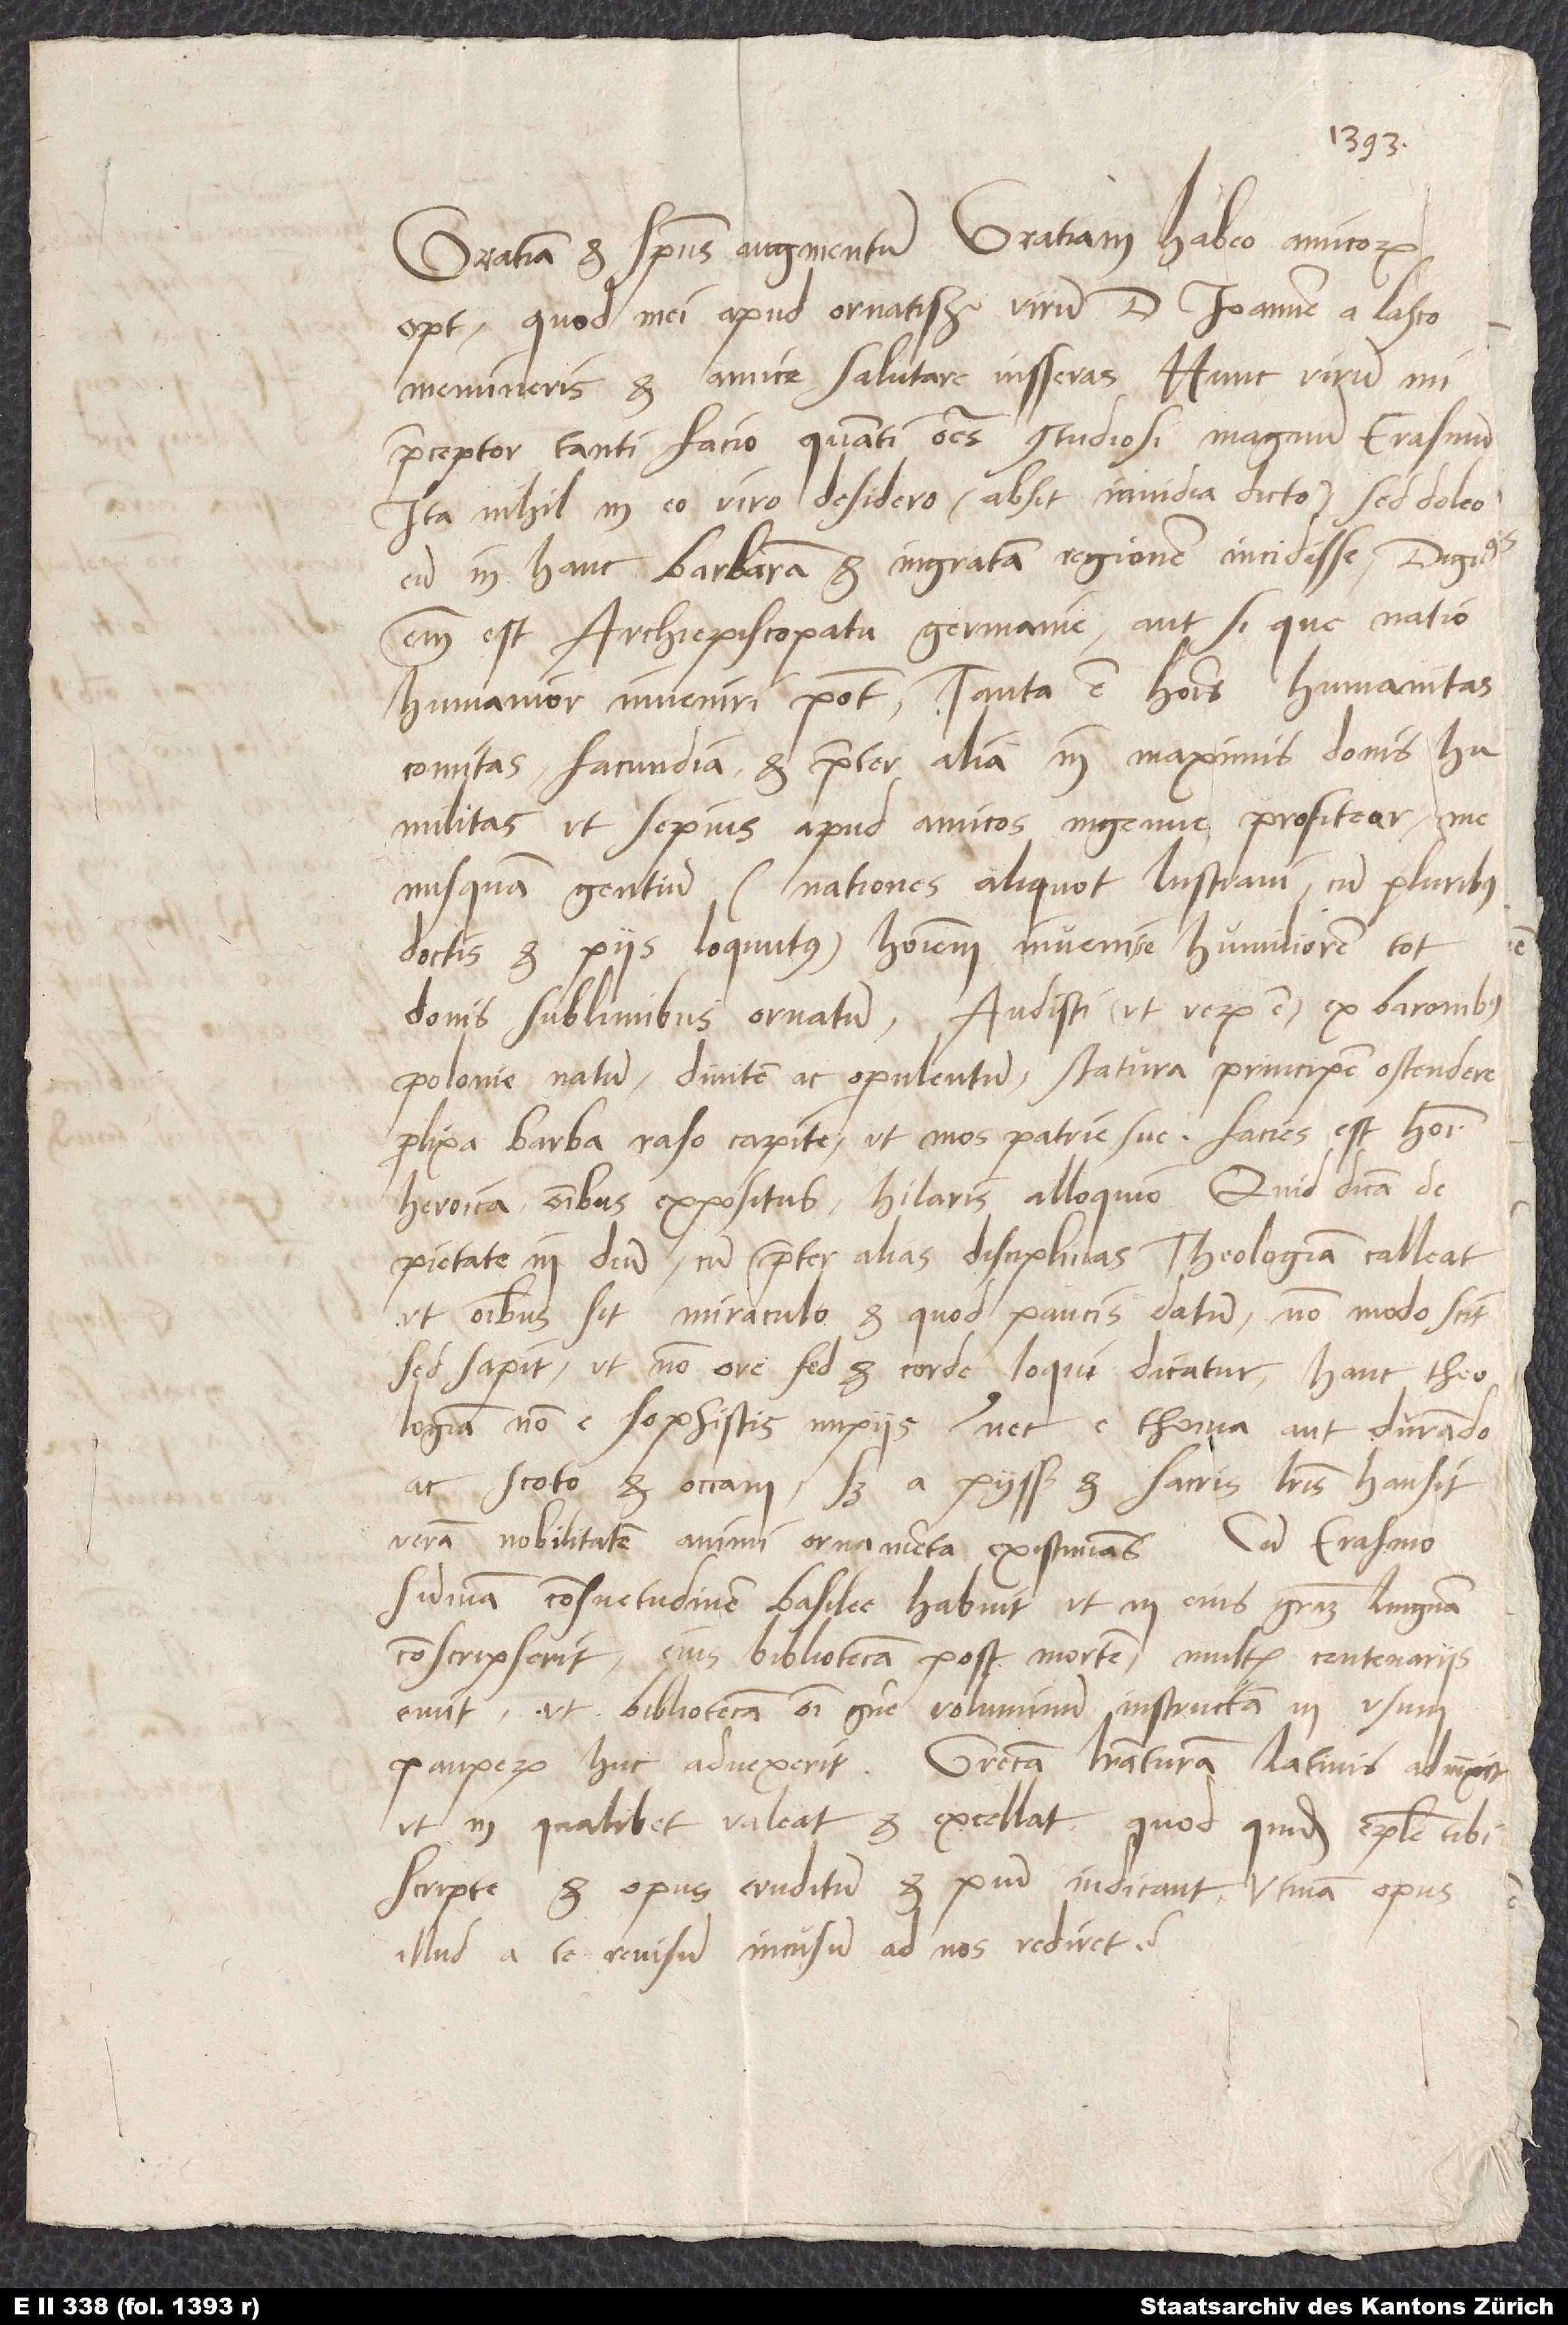
Gratiam et spiritus augmentum. Gratiam habeo, amicorum
optime, quod mei apud ornatissimum virum d. Ioannem a Lasco
memineris et amice salutare iusseras. Hunc virum, mi
praeceptor, tanti facio, quanti omnes studiosi magnum Erasmum.
Ita nihil in eo viro desidero (absit invidia dicto), sed doleo
eum in hanc barbaram et ingratam regionem incidisse; dignus
enim est archiepiscopatu Germanie, aut si que natio
humanior inveniri potest. Tanta est hominis humanitas,
comitas, facundia et praeter alia in maximis donis
humilitas, ut sepius apud amicos ingenue profitear me
nusquam gentium (nationes aliquot lustravi cum pluribus
doctis et piis loquutus) hominem invenisse humiliorem tot
donis sublimibus ornatum. Audisti (ut verum est) ex baronibus
Polonie natum, divitem ac opulentum, statura principem ostendere,
prolixa barba, raso capite, ut mos patrie sue. Facies est homini
heroica, omnibus expositus, hilaris alloquio. Quid dicam de
pietate in deum, cum praeter alias disciplinas theologiam calleat,
ut omnibus sit miraculo, et, quod paucis datum, non modo scit,
sed sapit, ut non ore, sed et corde loqui dicatur. Hanc theologiam
non e sophistis impiis, et nec e Thoma aut Durando
ac Scoto et Occam, sed a piissimis et sacris literis hausit
veram nobilitatem animi ornamenta existimans. Cum Erasmo
summam consuetudinem Basilee habuit, ut in eius gratiam Linguam
conscripserit; eius bibliotecam post mortem multis centenariis
emit, ut bibliotecam omni genere voluminum instructam in usum
pauperum huc advexerit. Grecam literaturam Latinis adiunxit,
ut in qualibet valeat et excellat, quod quidem epistole tibi
scripte et opus eruditum et pium indicant. Utinam opus
illud a te revisum incusum ad nos rediret!